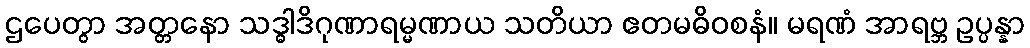
ဌပေတွာ အတ္တနော သဒ္ဓါဒိဂုဏာရမ္မဏာယ သတိယာ ဧတမဓိဝစနံ။ မရဏံ အာရဗ္ဘ ဥပ္ပန္နာ